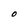
Character: O